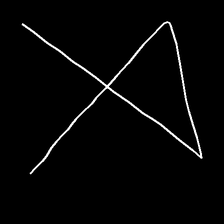
Glyph: collection